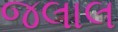
જલાલ